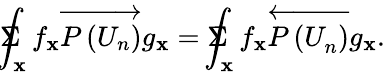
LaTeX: \Sigma\! \! \! \! \! \! \int_{\mathbf{x}}f_{\mathbf{x}}\overrightarrow{{P\left(U_{n}\right)}}g_{\mathbf{x}}=\Sigma\! \! \! \! \! \! \int_{\mathbf{x}}f_{\mathbf{x}}\overleftarrow{{P\left(U_{n}^{}\right)}}g_{\mathbf{x}}.